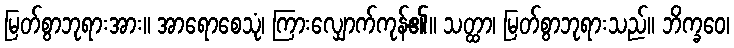
မြတ်စွာဘုရားအား။ အာရောစေသုံ၊ ကြားလျှောက်ကုန်၏။ သတ္ထာ၊ မြတ်စွာဘုရားသည်။ ဘိက္ခဝေ၊